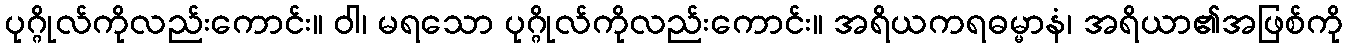
ပုဂ္ဂိုလ်ကိုလည်းကောင်း။ ဝါ၊ မရသော ပုဂ္ဂိုလ်ကိုလည်းကောင်း။ အရိယကရဓမ္မာနံ၊ အရိယာ၏အဖြစ်ကို